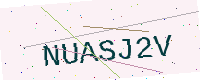
Text: NUASJ2V